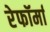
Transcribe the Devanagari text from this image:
रेफॉर्मा